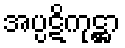
အပ္ပဋိကုဋ္ဌာ